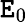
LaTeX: \mathtt{E}_{0}